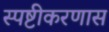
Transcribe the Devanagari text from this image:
स्पष्टीकरणास